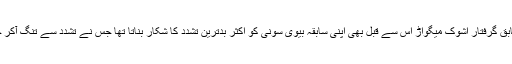
محلہ داروں کے مطابق گرفتار اشوک میگواڑ اس سے قبل بھی اپنی سابقہ بیوی سونی کو اکثر بدترین تشدد کا شکار بناتا تھا جس نے تشدد سے تنگ آکر خودکشی کر لی تھی۔